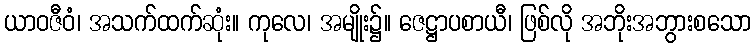
ယာဝဇီဝံ၊ အသက်ထက်ဆုံး။ ကုလေ၊ အမျိုး၌။ ဇေဋ္ဌာပစာယီ၊ ဖြစ်လို အဘိုးအဘွားစသော